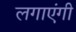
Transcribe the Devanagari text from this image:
लगाएंगी